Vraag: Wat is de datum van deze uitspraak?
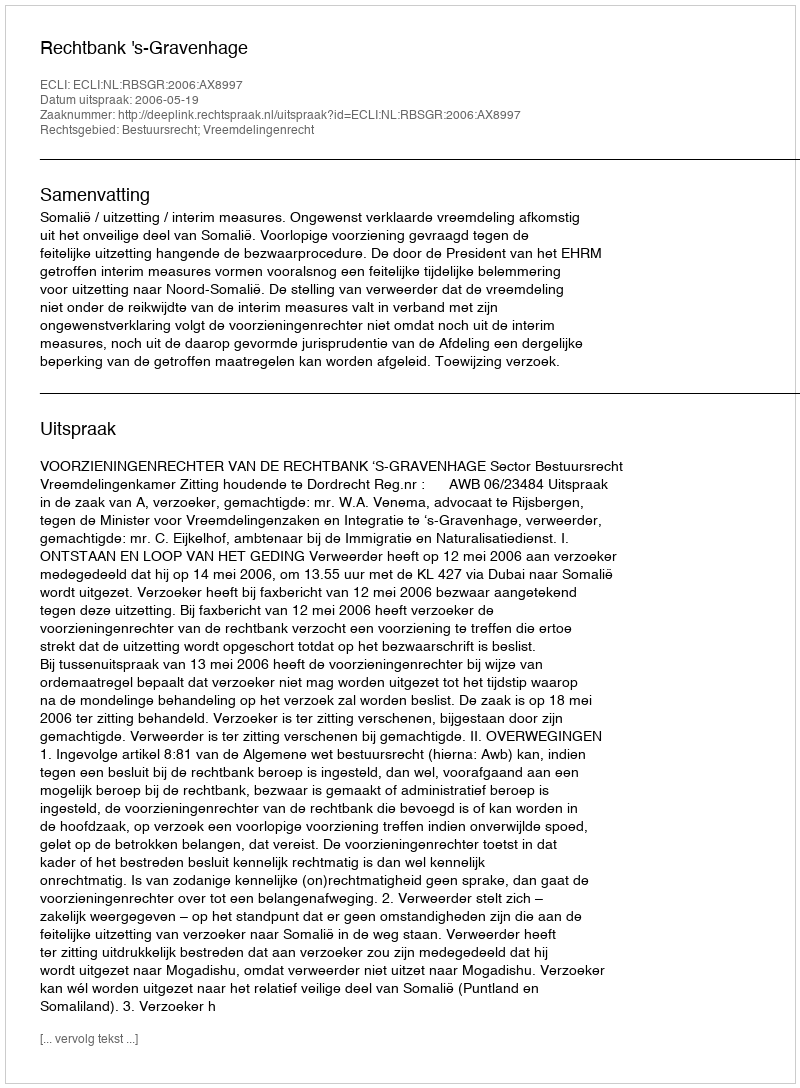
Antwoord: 2006-05-19